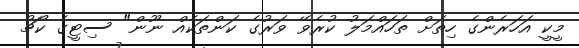
މީކީ އަހަރެންގެ ހިތަށް ތަހައްމަލު ކުރެވޭ ވަރުގެ ކަންތަކެއް ނޫން" ސިޓީގެ ކޯޗު